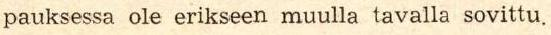
pauksessa ole erikseen muulla tavalla sovittu.